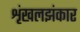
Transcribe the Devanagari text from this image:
शृंखलझंकार